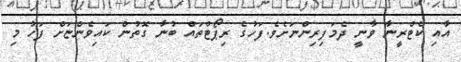
އާއި ކެޓްރީނާ ވާނީ ދެމަފިރިންނަށެވެ.ފަހުގެ ރިޕޯޓްތައް ބުނާ ގޮތުން ކައިވެންޏަށް ފަހު މި